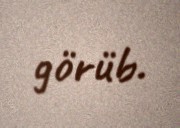
görüb.